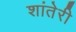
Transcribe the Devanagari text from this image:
शांतेरी